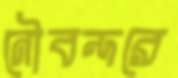
নৌবন্দরে